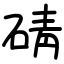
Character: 碃